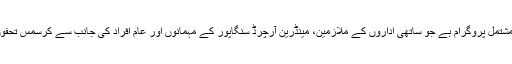
اسٹارز آف کرسمس ایک تین حصوں پر مشتمل پروگرام ہے جو ساتھی اداروں کے ملازمین، مینڈرین آرچرڈ سنگاپور کے مہمانوں اور عام افراد کی جانب سے کرسمس تحفوں کی درخواست کے ساتھ روع ہوتا ہے۔